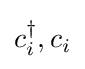
c_{i}^{\dagger },c_{i}